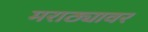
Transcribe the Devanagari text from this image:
मराठ्यावर